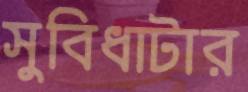
সুবিধাটার